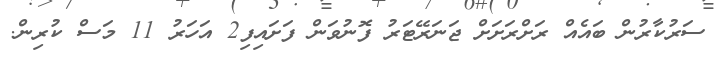
ސަރުކާރުން ބައެއް ރަށްރަށަށް ޖަނަރޭޓަރު ފޮނުވަން ފަށައިފި2 އަހަރު 11 މަސް ކުރިން.